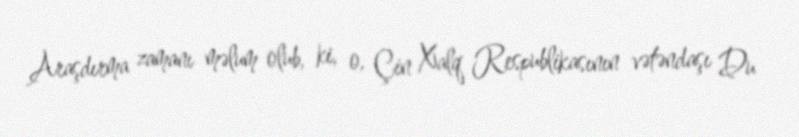
Araşdırma zamanı məlum olub, ki, o, Çin Xalq Respublikasının vətəndaşı Du